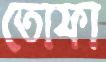
তোফা